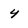
Character: 4